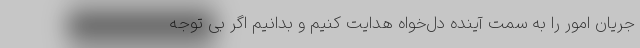
جریان امور را به سمت آینده دل‌خواه هدایت کنیم و بدانیم اگر بی توجه